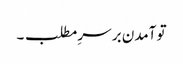
تو آمدن بر سرِ مطلب ۔